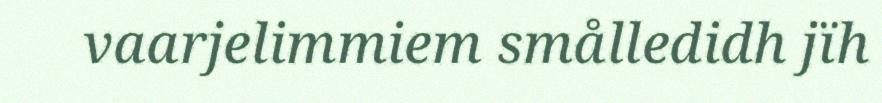
vaarjelimmiem smålledidh jïh